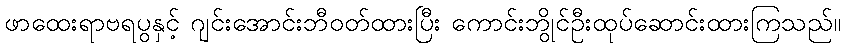
ဖာထေးရာဗရပွနှင့် ဂျင်းအောင်းဘီဝတ်ထားပြီး ကောင်းဘွိုင်ဦးထုပ်ဆောင်းထားကြသည်။